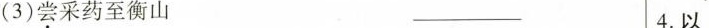
(3)尝采药至衡山 ___ 4.以